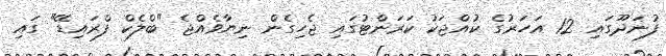
ފުނަދޫގައި 12 އަހަރުގެ ކުއްޖަކު ކަރަންޓުގައި ޖެހިގެން ނިޔާވެއްޖެ "ބްލެކް ފްރައިޑޭ" ގައި